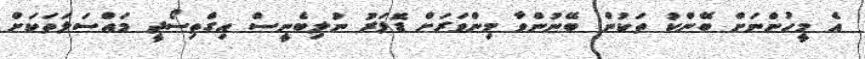
އެ މީހުންނަށް ބޭންކު ތަކުން ބޭނުންވާ މިންވަރަށް ޑޮލަރު ނުލިބެނީސް އިގްތިސޯދީ މައްސަލަތަކަށް